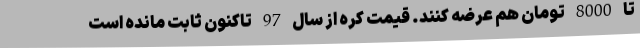
تا 8000 تومان هم عرضه کنند. قیمت کره از سال 97 تاکنون ثابت مانده است